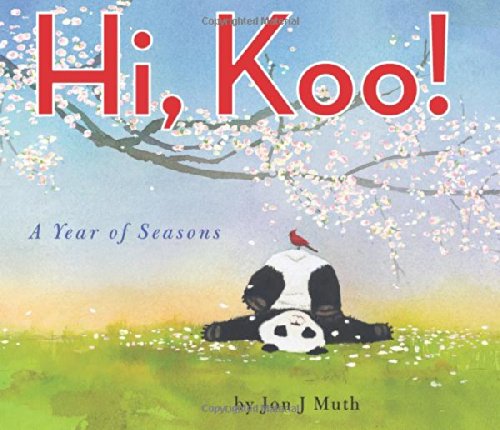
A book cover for Hi, Koo!: A Year of Seasons; Jon J Muth; Children's Books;